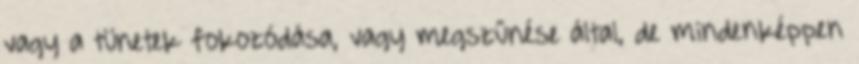
vagy a tünetek fokozódása, vagy megszűnése által, de mindenképpen